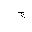
Letter: _gim